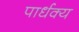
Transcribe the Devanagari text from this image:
पार्धक्य